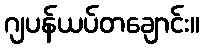
ဂျပန်ယပ်တချောင်း။